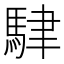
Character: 䮇